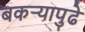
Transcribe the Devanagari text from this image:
बकऱ्यापुढे